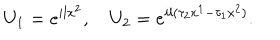
U _ { 1 } = e ^ { i l x ^ { 2 } } , \quad U _ { 2 } = e ^ { i l ( \tau _ { 2 } x ^ { 1 } - \tau _ { 1 } x ^ { 2 } ) } .